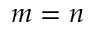
m = n